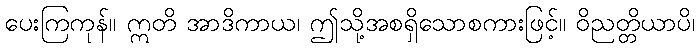
ပေးကြကုန်။ ဣတိ အာဒိကာယ၊ ဤသို့အစရှိသောစကားဖြင့်။ ဝိညတ္တိယာပိ၊